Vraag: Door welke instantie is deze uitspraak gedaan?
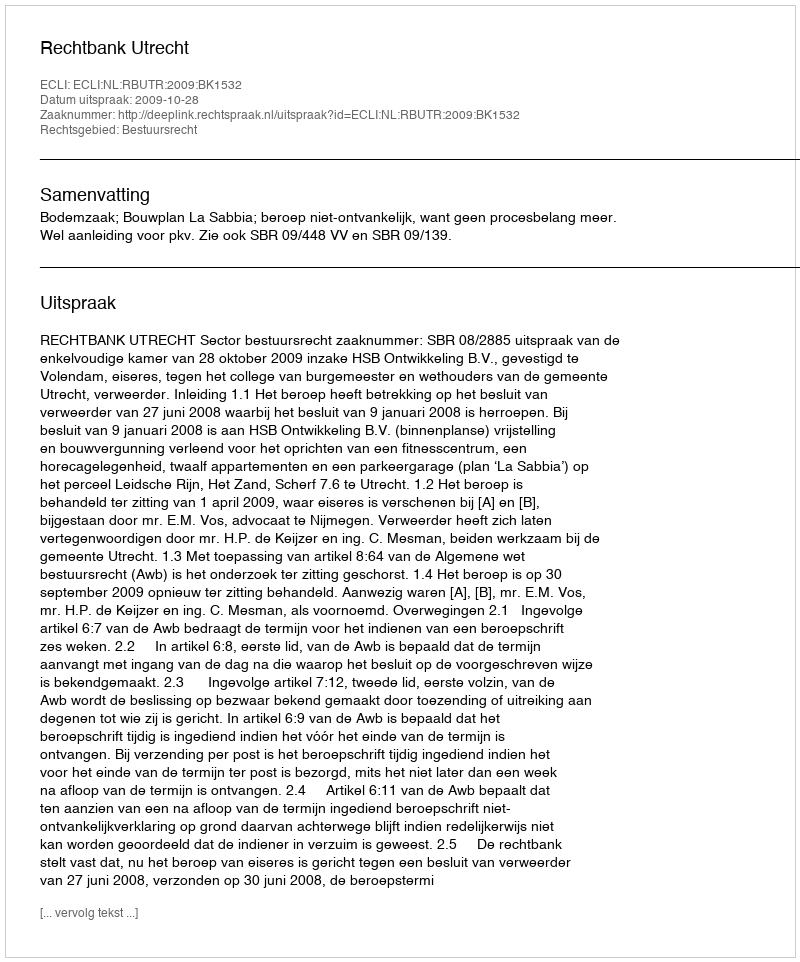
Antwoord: Rechtbank Utrecht